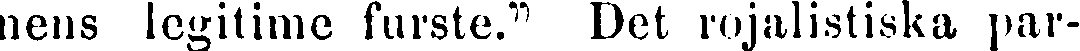
nens legitime furste." Det rojalistiska par-